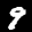
Label: 9